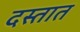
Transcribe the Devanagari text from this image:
दस्तात